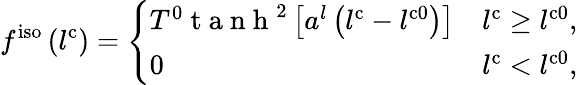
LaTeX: f^{\mathrm{iso}}\left(l^{\mathrm{c}}\right)=\left\{ \begin{array}{ll}{T^{0}\mathrm{~t~a~n~h~}^{2}\left[a^{l}\left(l^{\mathrm{c}}-l^{\mathrm{c0}}\right)\right]}&{l^{\mathrm{c}}\geq l^{\mathrm{c0}},}\\ {0}&{l^{\mathrm{c}}<l^{\mathrm{c0}},}\end{array}\right.